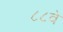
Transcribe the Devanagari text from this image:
८८वे